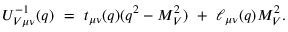
U _ { V \mu \nu } ^ { - 1 } ( q ) \ = \ t _ { \mu \nu } ( q ) ( q ^ { 2 } - M _ { V } ^ { 2 } ) \ + \ \ell _ { \mu \nu } ( q ) M _ { V } ^ { 2 } .